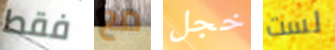
فقط مع خجل لست